Report on vaccination North-West Frontier Province 1904-1922 - 1904-1922
Year: 1904
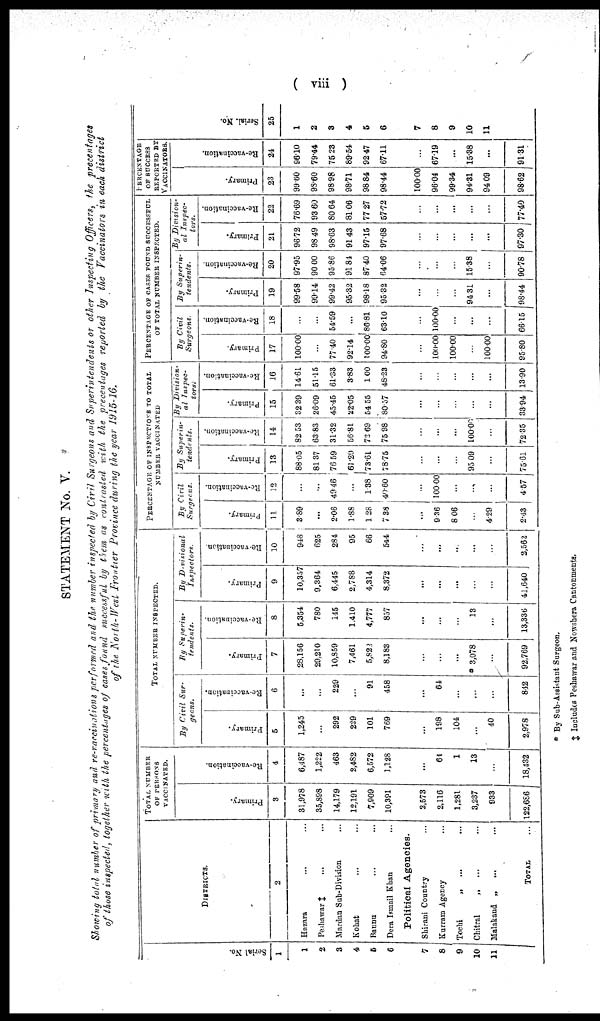
( viii )
STATEMENT No. V.
Showing total number of primary and re-vaccinations performed and the number inspected by Civil Surgeons and Superintendents or other Inspecting Officers, the precentages
of those inspected, together with the percentages of cases found successful by them as contrasted with the precentages reported by the Vaccinators in each district
of the North-West Frontier Province during the year 1915-16.
Serial No.
1
1
2
3
4
5
6
7
8
9
10
11
DISTRICTS.
2
Hazara ... ...
Peshawar ‡ ... ...
Mardan Sub-Division ...
Kohat ... ...
Bannu ... ...
Dera Ismail Khan ...
Political Agencies.
Shirani Country ...
Kurram Agency ...
Tochi
„
...
Chitral
„ ... ...
Malakand „
...
TOTAL ...
TOTAL NUMBER
OF PERSONS
VACCINATED.
Primary.
3
31,978
35,898
14,179
12,191
7,909
10,391
2,573
2,116
1,281
3,237
933
122,686
Re-vaccination.
4
6,487
1,222
463
2,482
6,572
1,128
...
64
1
13
...
18,432
TOTAL NUMBER INSPECTED.
By Civil Sur-
geons.
Primary.
5
1,245
...
292
229
101
769
...
198
104
...
40
2,978
Re-vaccination.
6
...
...
229
...
91
458
...
64
...
...
...
842
By Superin-
tendents.
Primary.
7
28,156
29,210
10,859
7,461
5,822
8,183
...
...
...
* 3,078
...
92,769
Re-vaccination.
8
5,354
780
145
1,410
4,777
857
...
...
...
13
...
13,336
By Divisional
Inspectors.
Primary.
9
10,357
9,364
6,445
2,788
4,314
8,372
...
...
...
...
...
41,640
Re-vaccination.
10
948
625
284
95
66
544
...
...
...
...
...
2,562
PERCENTAGE OF INSPECTIONS TO TOTAL
NUMBER VACCINATED
By Civil
Surgeons.
Primary.
11
3.89
...
2.06
1.88
1.28
7.38
...
9.36
8.06
...
4.29
2.43
Re-vaccination.
12
...
...
49.46
...
1.38
40.60
...
100.00
...
...
...
457
By Superin¬
tendents.
Primary.
13
88.05
81.37
76.59
61.20
73.61
78.75
...
...
...
95.09
...
75.61
Re-vaccination.
14
82.53
63.83
31.32
56.81
73.69
75.98
...
...
...
100.00
...
72.35
By Division-
al Inspec-
tors.
Primary.
15
32.39
26.09
45.45
22.05
54.55
80.57
...
...
...
...
...
33.94
Re-vaccination.
16
14.61
51.15
61.33
3.83
1.00
48.23
...
...
...
...
...
13.90
PERCENTAGE OF CASES FOUND SUCCESSFUL
OF TOTAL NUMBER INSPECTED.
By Civil
Surgeons.
Primary.
17
100.00
...
77.40
92.14
100.00
94.80
...
100.00
100.00
...
100.00
95.80
Re-vaccination.
18
...
...
54.59
...
86.81
63.10
...
100.00
...
...
...
66.15
By Superin-
tendents.
Primary.
19
99.58
99.14
99.42
95.32
98.18
95.32
...
...
...
94.31
...
98.44
Re-vaccination.
20
97.95
90.00
95.86
91.84
87.40
64.06
...
...
...
15.38
...
90.78
By Division-
al Inspec-
tors.
Primary.
21
96.72
98.49
98.63
91.43
97.15
97.68
...
...
...
...
...
97.30
Re-vaccination.
22
76.69
93.60
80.64
81.06
77.27
57.72
...
...
...
...
...
77.40
PERCENTAGE
OF SUCCESS
REPORTED BY
VACCINATORS.
Primary.
23
99.60
98.60
98.98
98.71
98.84
98.44
100.00
96.04
99.34
94.31
94.09
98.62
Re-vaccination.
24
96.10
79.44
75.23
89.54
92.47
67.11
...
67.19
...
15.38
...
91.31
Serial. No.
25
1
2
3
4
5
6
7
8
9
10
11
* By Sub-Assistant Surgeon.
‡ Includes Peshawar and Nowshera Cantonments.